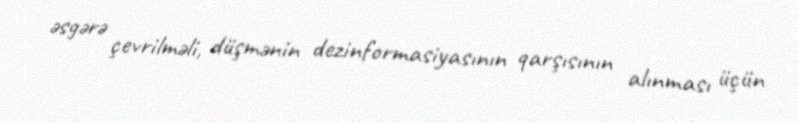
əsgərə çevrilməli, düşmənin dezinformasiyasının qarşısının alınması üçün